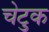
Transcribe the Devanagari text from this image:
चेटुक